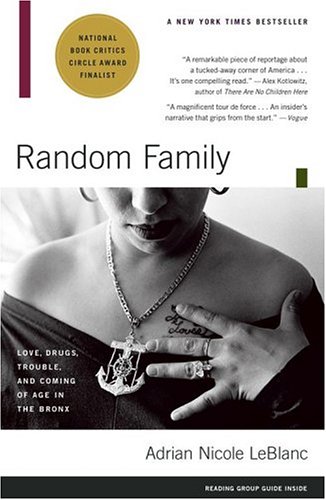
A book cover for Random Family: Love, Drugs, Trouble, and Coming of Age in the Bronx; Adrian Nicole LeBlanc; Politics & Social Sciences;